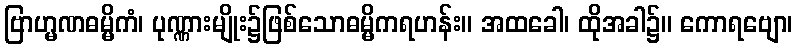
ဗြာဟ္မဏဓမ္မိကံ၊ ပုဏ္ဏားမျိုး၌ဖြစ်သောဓမ္မိကရဟန်း။ အထခေါ၊ ထိုအခါ၌။ ကောရဗျော၊